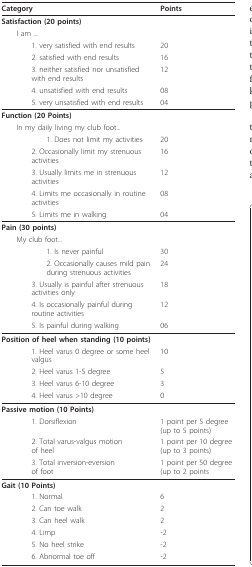
<table><thead><tr><td><b>Category</b></td><td><b>Points</b></td></tr></thead><tbody><tr><td><b>Satisfaction (20 points)</b></td><td></td></tr><tr><td> I am ...</td><td></td></tr><tr><td>1. very satisfied with end results</td><td>20</td></tr><tr><td>2. satisfied with end results</td><td>16</td></tr><tr><td>3. neither satisfied nor unsatisfied with end results</td><td>12</td></tr><tr><td>4. unsatisfied with end results</td><td>08</td></tr><tr><td>5. very unsatisfied with end results</td><td>04</td></tr><tr><td><b>Function (20 Points)</b></td><td></td></tr><tr><td> In my daily living my club foot...</td><td></td></tr><tr><td>1. Does not limit my activities</td><td>20</td></tr><tr><td>2. Occasionally limit my strenuous activities</td><td>16</td></tr><tr><td>3. Usually limits me in strenuous activities</td><td>12</td></tr><tr><td>4. Limits me occasionally in routine activities</td><td>08</td></tr><tr><td>5. Limits me in walking</td><td>04</td></tr><tr><td><b>Pain (30 points)</b></td><td></td></tr><tr><td> My club foot...</td><td></td></tr><tr><td>1. Is never painful</td><td>30</td></tr><tr><td>2. Occasionally causes mild pain during strenuous activities</td><td>24</td></tr><tr><td>3. Usually is painful after strenuous activities only</td><td>18</td></tr><tr><td>4. Is occasionally painful during routine activities</td><td>12</td></tr><tr><td>5. Is painful during walking</td><td>06</td></tr><tr><td><b>Position of heel when standing (10 points)</b></td><td></td></tr><tr><td>1. Heel varus 0 degree or some heel valgus</td><td>10</td></tr><tr><td>2. Heel varus 1-5 degree</td><td>5</td></tr><tr><td>3. Heel varus 6-10 degree</td><td>3</td></tr><tr><td>4. Heel varus &gt;10 degree</td><td>0</td></tr><tr><td><b>Passive motion (10 Points)</b></td><td></td></tr><tr><td>1. Dorsiflexion</td><td>1 point per 5 degree (up to 5 points)</td></tr><tr><td>2. Total varus-valgus motion of heel</td><td>1 point per 10 degree (up to 3 points)</td></tr><tr><td>3. Total inversion-eversion of foot</td><td>1 point per 50 degree (up to 2 points</td></tr><tr><td><b>Gait (10 Points)</b></td><td></td></tr><tr><td>1. Normal</td><td>6</td></tr><tr><td>2. Can toe walk</td><td>2</td></tr><tr><td>3. Can heel walk</td><td>2</td></tr><tr><td>4. Limp</td><td>-2</td></tr><tr><td>5. No heel strike</td><td>-2</td></tr><tr><td>6. Abnormal toe off</td><td>-2</td></tr></tbody></table>